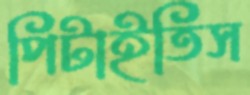
পিটাইতিস